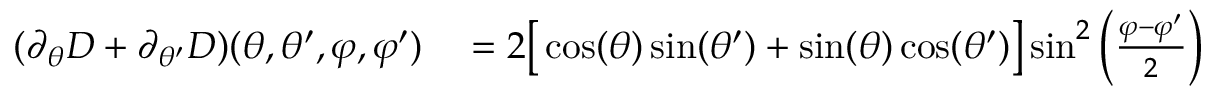
\begin{array} { r l } { ( \partial _ { \theta } D + \partial _ { \theta ^ { \prime } } D ) ( \theta , \theta ^ { \prime } , \varphi , \varphi ^ { \prime } ) } & { { } = 2 \big [ \cos ( \theta ) \sin ( \theta ^ { \prime } ) + \sin ( \theta ) \cos ( \theta ^ { \prime } ) \big ] \sin ^ { 2 } \left( \frac { \varphi - \varphi ^ { \prime } } { 2 } \right) } \end{array}